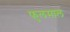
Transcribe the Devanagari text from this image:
फुलमाल